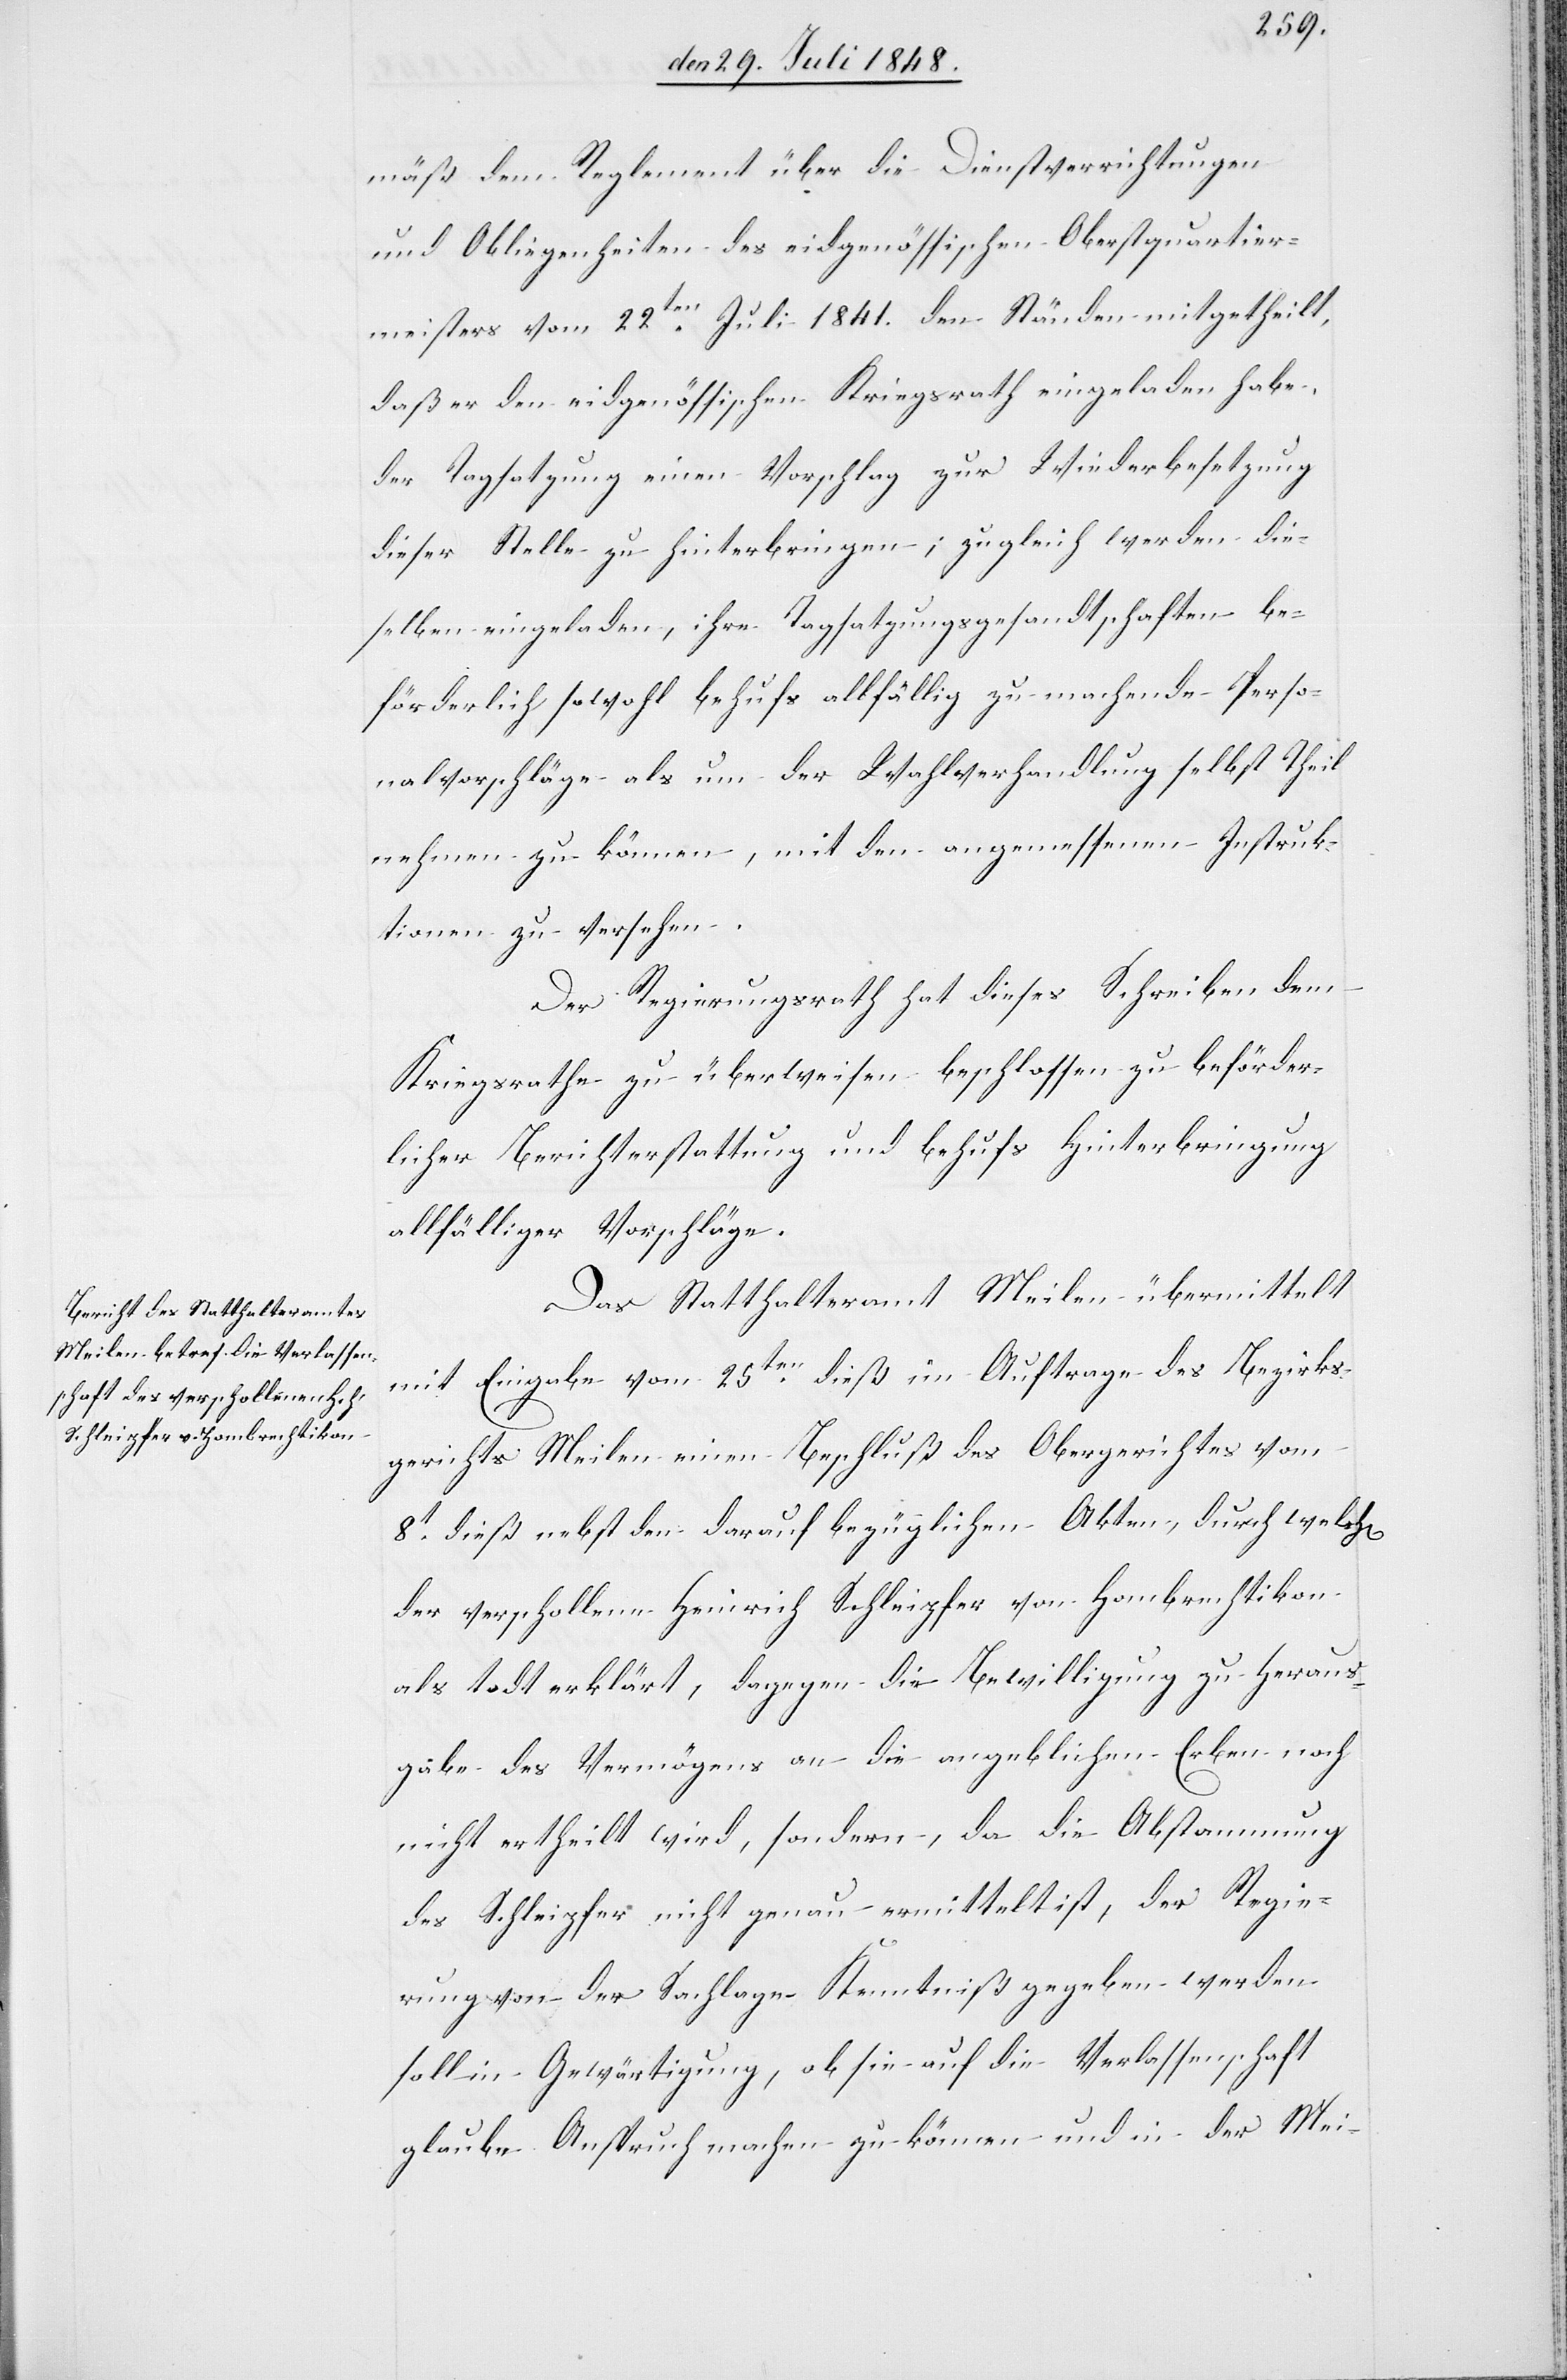
mäß dem Reglement über die Dienstverrichtungen
und Obliegenheiten des eidg. Oberstquartierme¬
ister vom 22ten Juli 1841. den Ständen mitgetheilt,
daß er den eidgenössischen Kriegsrath eingeladen habe,
der Tagsatzung einen Vorschlag zur Wiederbesetzung
dieser Stelle zu hinterbringen; zugleich werden die¬
selben eingeladen, ihre Tagsatzungsgesandtschaften be¬
förderlich sowohl behufs allfällig zu machende Perso¬
nalvorschläge als um der Wahlverhandlung selbst Theil
nehmen zu können, mit den angemessenen Instruk¬
tionen zu versehen.
Der Regierungsrath hat dieses Schreiben dem
Kriegsrathe zu überweisen beschlossen zu beförder¬
licher Berichterstattung und behufs Hinterbringung
allfälliger Vorschläge.
Das Statthalteramt Meilen übermittelt
mit Eingabe vom 25ten dieß im Auftrage des Bezirks¬
gerichts Meilen einen Beschluß des Obergerichtes vom
8t dieß nebst den darauf bezüglichen Akten, durch welche
der verschollene Heinrich Schleipfer von Hombrechtikon
als todt erklärt, dagegen die Bewilligung zu Heraus¬
gabe des Vermögens an die angeblichen Erben noch
nicht erteilt wird, sondern, da die Abstammung
des Schleipfer nicht genau ermittelt ist, der Regie¬
rung von der Sachlage Kenntniß gegeben werden
soll in Gewärtigung, ob sie auf die Verlassenschaft
glaube Anspruch machen zu können und in der Mei-